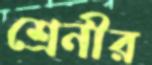
শ্রেনীর